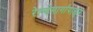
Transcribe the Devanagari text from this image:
रेल्वेमार्गापासून